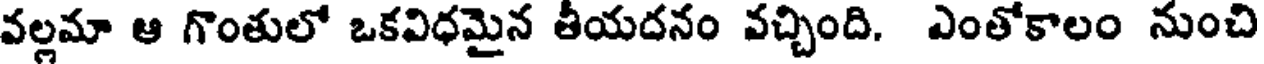
వల్లమా ఆ గొంతులో ఒకవిధమైన తీయదనం వచ్చింది. ఎంతోకాలం నుంచి